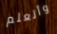
وأتعلم